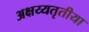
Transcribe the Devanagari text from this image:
अक्षय्यतृतीया